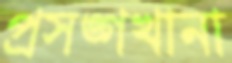
প্রসঙ্গখানা